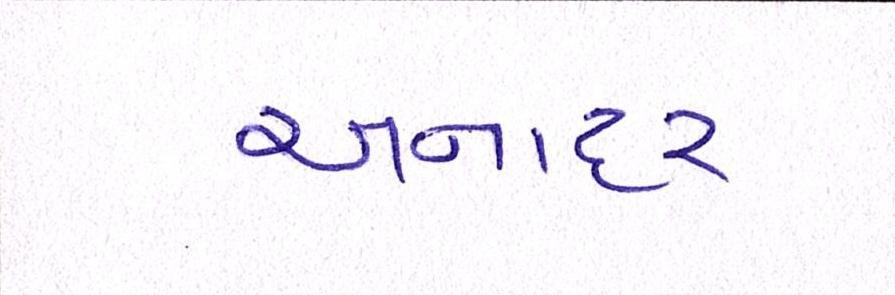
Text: અનાદર